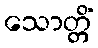
သောတ္တိံ